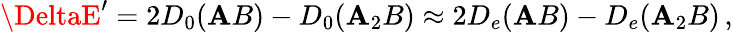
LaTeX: \DeltaE^{\prime}=2D_{0}(\mathbf{A}B)-D_{0}(\mathbf{A}_{2}B)\approx2D_{e}(\mathbf{A}B)-D_{e}(\mathbf{A}_{2}B)\, ,